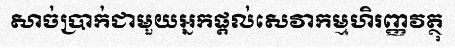
សាច់ប្រាក់ជាមួយអ្នកផ្តល់សេវាកម្មហិរញ្ញវត្ថុ